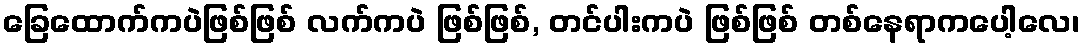
ခြေထောက်ကပဲဖြစ်ဖြစ် လက်ကပဲ ဖြစ်ဖြစ်, တင်ပါးကပဲ ဖြစ်ဖြစ် တစ်နေရာကပေါ့လေ၊